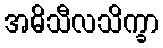
အဓိသီလသိက္ခာ